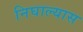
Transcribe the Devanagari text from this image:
निघाल्यास